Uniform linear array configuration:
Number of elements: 8
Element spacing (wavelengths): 0.75
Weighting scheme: cosine
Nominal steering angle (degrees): -45
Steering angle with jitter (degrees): -44.615
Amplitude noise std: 0.05
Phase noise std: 0.05

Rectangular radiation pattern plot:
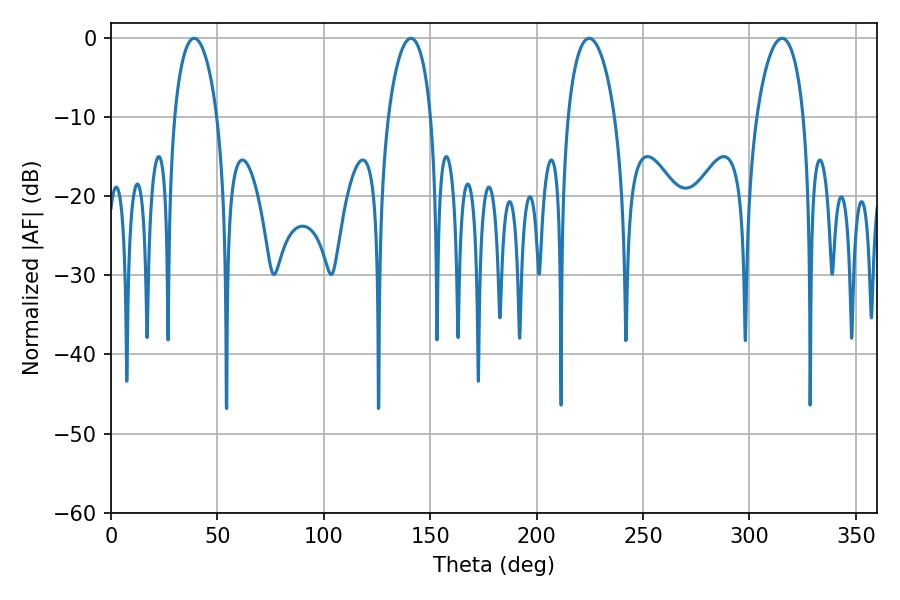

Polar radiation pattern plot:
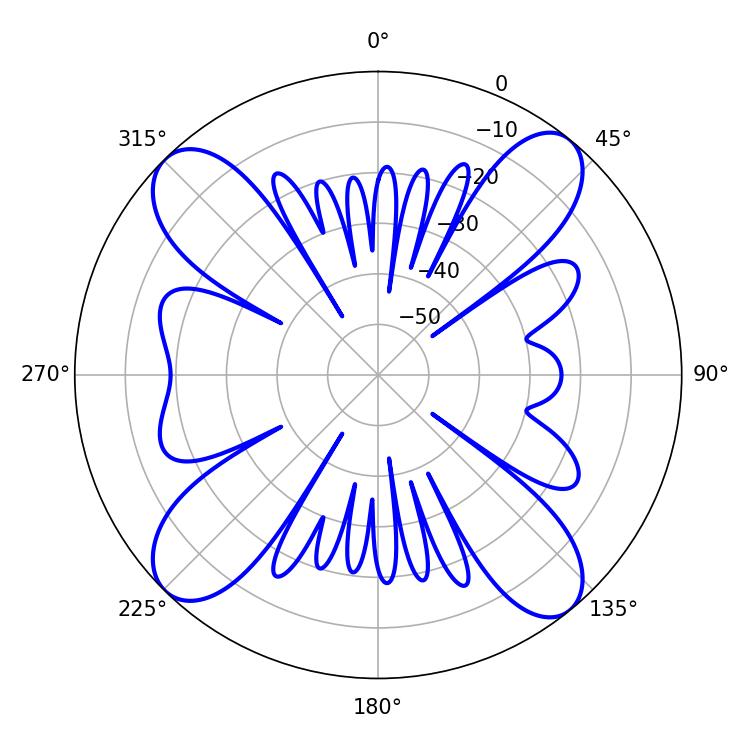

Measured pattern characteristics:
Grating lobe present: TRUE
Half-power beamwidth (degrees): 11.34
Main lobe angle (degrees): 39.06